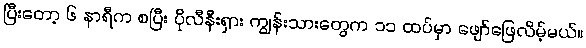
ပြီးတော့ ၆ နာရီက စပြီး ပိုလီနီးရှား ကျွန်းသားတွေက ၁၁ ထပ်မှာ ဖျော်ဖြေလိမ့်မယ်။